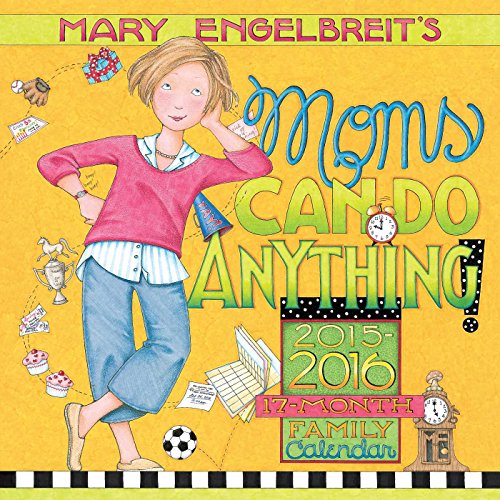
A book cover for Mary Engelbreit's Moms Can Do Anything! 2015-16 Mom's 17-Month Family Calendar; Mary Engelbreit; Calendars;